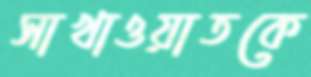
সাখাওয়াতকে